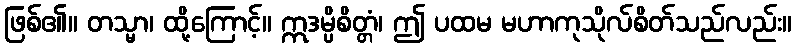
ဖြစ်၏။ တသ္မာ၊ ထို့ကြောင့်။ ဣဒမ္ပိစိတ္တံ၊ ဤ ပထမ မဟာကုသိုလ်စိတ်သည်လည်း။